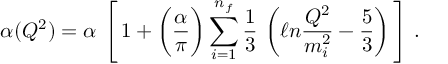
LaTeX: \alpha ( Q ^ { 2 } ) = \alpha \, \left[ \, 1 + \bigg ( \frac { \alpha } { \pi } \bigg ) \sum _ { i = 1 } ^ { n _ { f } } \frac { 1 } { 3 } \, \left( \ell n \frac { Q ^ { 2 } } { m _ { i } ^ { 2 } } - \frac { 5 } { 3 } \right) \, \right] \, .